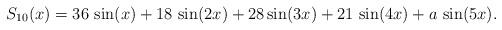
LaTeX: \begin{align*} S_{10}(x) = 36\,\sin(x)+18\,\sin(2x)+28\sin(3x)+21\,\sin(4x)+a\,\sin(5x). \end{align*}